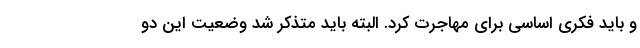
و باید فکری اساسی برای مهاجرت کرد. البته باید متذکر شد وضعیت این دو